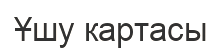
Ұшу картасы